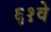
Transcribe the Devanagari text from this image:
६१वे